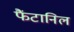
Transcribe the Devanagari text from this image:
फैंटानिल